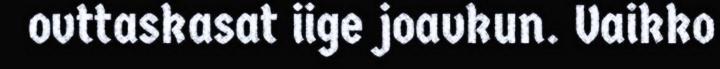
ovttaskasat iige joavkun. Vaikko